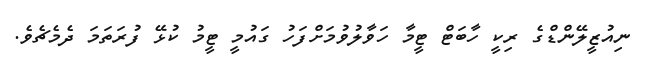
ނިއުޒީލޭންޑްގެ ރިކީ ހާބަޓް ޓީމާ ހަވާލުވުމަށްފަހު ގައުމީ ޓީމު ކުޅޭ ފުރަތަމަ ދެމެޗެވެ.